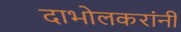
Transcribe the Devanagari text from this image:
दाभोलकरांनी